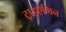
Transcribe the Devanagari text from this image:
ट्राइऐमिन